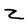
Character: 2